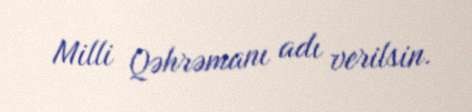
Milli Qəhrəmanı adı verilsin.